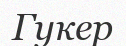
Гукер